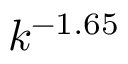
k ^ { - 1 . 6 5 }